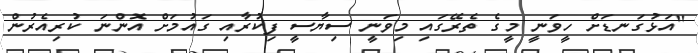
"އަޅުގަނޑަށް ހީވަނީ މީގެ ތެރޭގައި މިވަނީ ސިޔާސީ ފިކުރާއި ގައުމަށް އޮންނަ ކުރިއެރުން